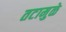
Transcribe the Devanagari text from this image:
तटामुळे